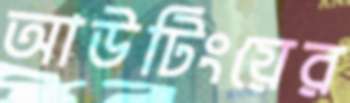
আউটিংয়ের